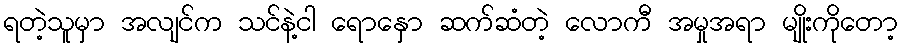
ရတဲ့သူမှာ အလျင်က သင်နဲ့ငါ ရောနှော ဆက်ဆံတဲ့ လောကီ အမှုအရာ မျိုးကိုတော့